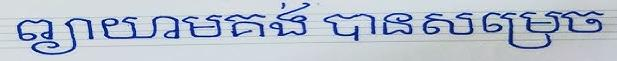
ព្យាយាមគង់ បានសម្រេច